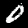
Label: 0